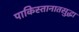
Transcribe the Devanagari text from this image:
पाकिस्तानातसुद्धा